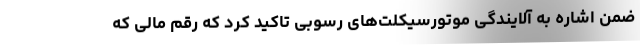
ضمن اشاره به آلایندگی موتورسیکلت‌های رسوبی تاکید کرد که رقم مالی که